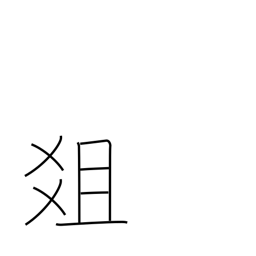
Meaning: altar of sacrifice